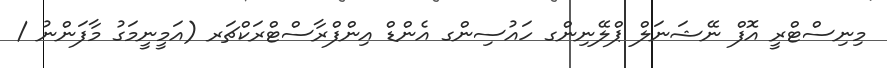
މިނިސްޓްރީ އޮފް ނޭޝަނަލް ޕްލޭނިންގ ހައުސިންގ އެންޑް އިންފްރާސްޓްރަކްޗަރ (އަމީނީމަގު މާފަންނު /